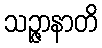
သဉ္ဇာနာတိ